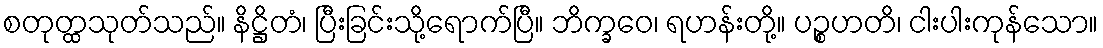
စတုတ္ထသုတ်သည်။ နိဋ္ဌိတံ၊ ပြီးခြင်းသို့ရောက်ပြီ။ ဘိက္ခဝေ၊ ရဟန်းတို့။ ပဉ္စဟတိ၊ ငါးပါးကုန်သော။